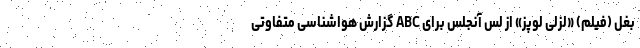
بغل (فیلم) «لزلی لوپز» از لس آنجلس برای ABC گزارش هواشناسی متفاوتی